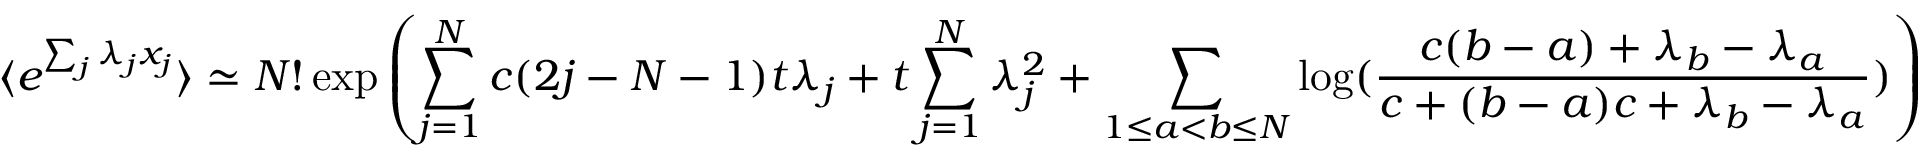
\langle e ^ { \sum _ { j } \lambda _ { j } x _ { j } } \rangle \simeq N ! \exp \left( \sum _ { j = 1 } ^ { N } c ( 2 j - N - 1 ) t \lambda _ { j } + t \sum _ { j = 1 } ^ { N } \lambda _ { j } ^ { 2 } + \sum _ { 1 \leq a < b \leq N } \log ( \frac { c ( b - a ) + \lambda _ { b } - \lambda _ { a } } { c + ( b - a ) c + \lambda _ { b } - \lambda _ { a } } ) \right)